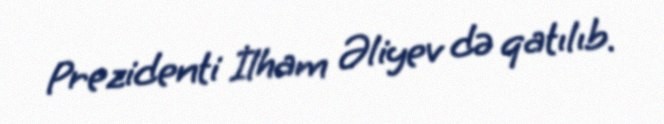
Prezidenti İlham Əliyev də qatılıb.